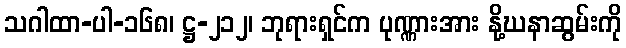
သဂါထာ-ပါ-၁၆၈၊ ဋ္ဌ-၂၁၂၊ ဘုရားရှင်က ပုဏ္ဏားအား နို့ဃနာဆွမ်းကို